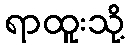
ရာထူးသို့